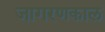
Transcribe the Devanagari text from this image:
जागरणकाल